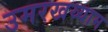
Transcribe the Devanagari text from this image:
उमरखय्याम